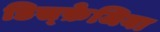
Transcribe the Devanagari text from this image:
डिस्फ़ेजिया